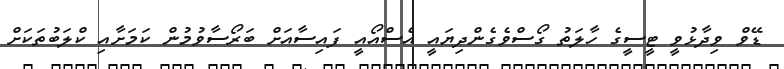
ޑޭވް ވިދާޅުވީ ޓީސީގެ ހާލަތު ގޯސްވެގެންދިޔައީ އެސްއޯއީ ފައިސާއަށް ބަރޯސާވުމުން ކަމަށާއި ކްލަބުތަކަށް